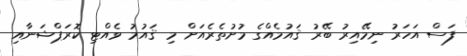
ފަސް އަހަރު ނިމޭއިރު ބޭރު ޤައުމެއްގެ މުށުތެރެއަށް މި ޤައުމު ވެއްޓި ކޮރަޕްޝަނާއި